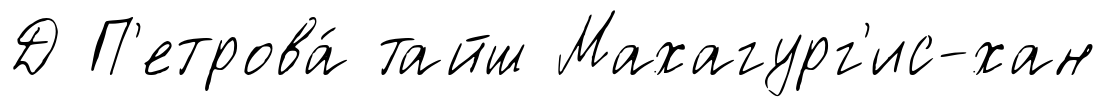
Д П'етрова́ тайш Махагург'ис-хан